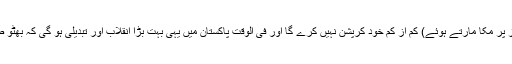
انہیں یقین ہے کہ یہ کرپشن نہیں ہونے دے گا اگر ختم نہ کر سکا (میز پر مکا مارتے ہوئے) کم از کم خود کرپشن نہیں کرے گا اور فی الوقت پاکستان میں یہی بہت بڑا انقلاب اور تبدیلی ہو گی کہ بھٹو صاحب اور بی بی شہید کے بعد اس ملک کا حکمران کرپٹ نہیں ہو گا۔